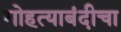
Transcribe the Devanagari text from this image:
गोहत्याबंदीचा